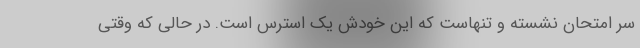
سر امتحان نشسته و تنهاست که این خودش یک استرس است. در حالی که وقتی